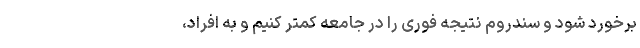
برخورد شود و سندروم نتیجه فوری را در جامعه کمتر کنیم و به افراد،